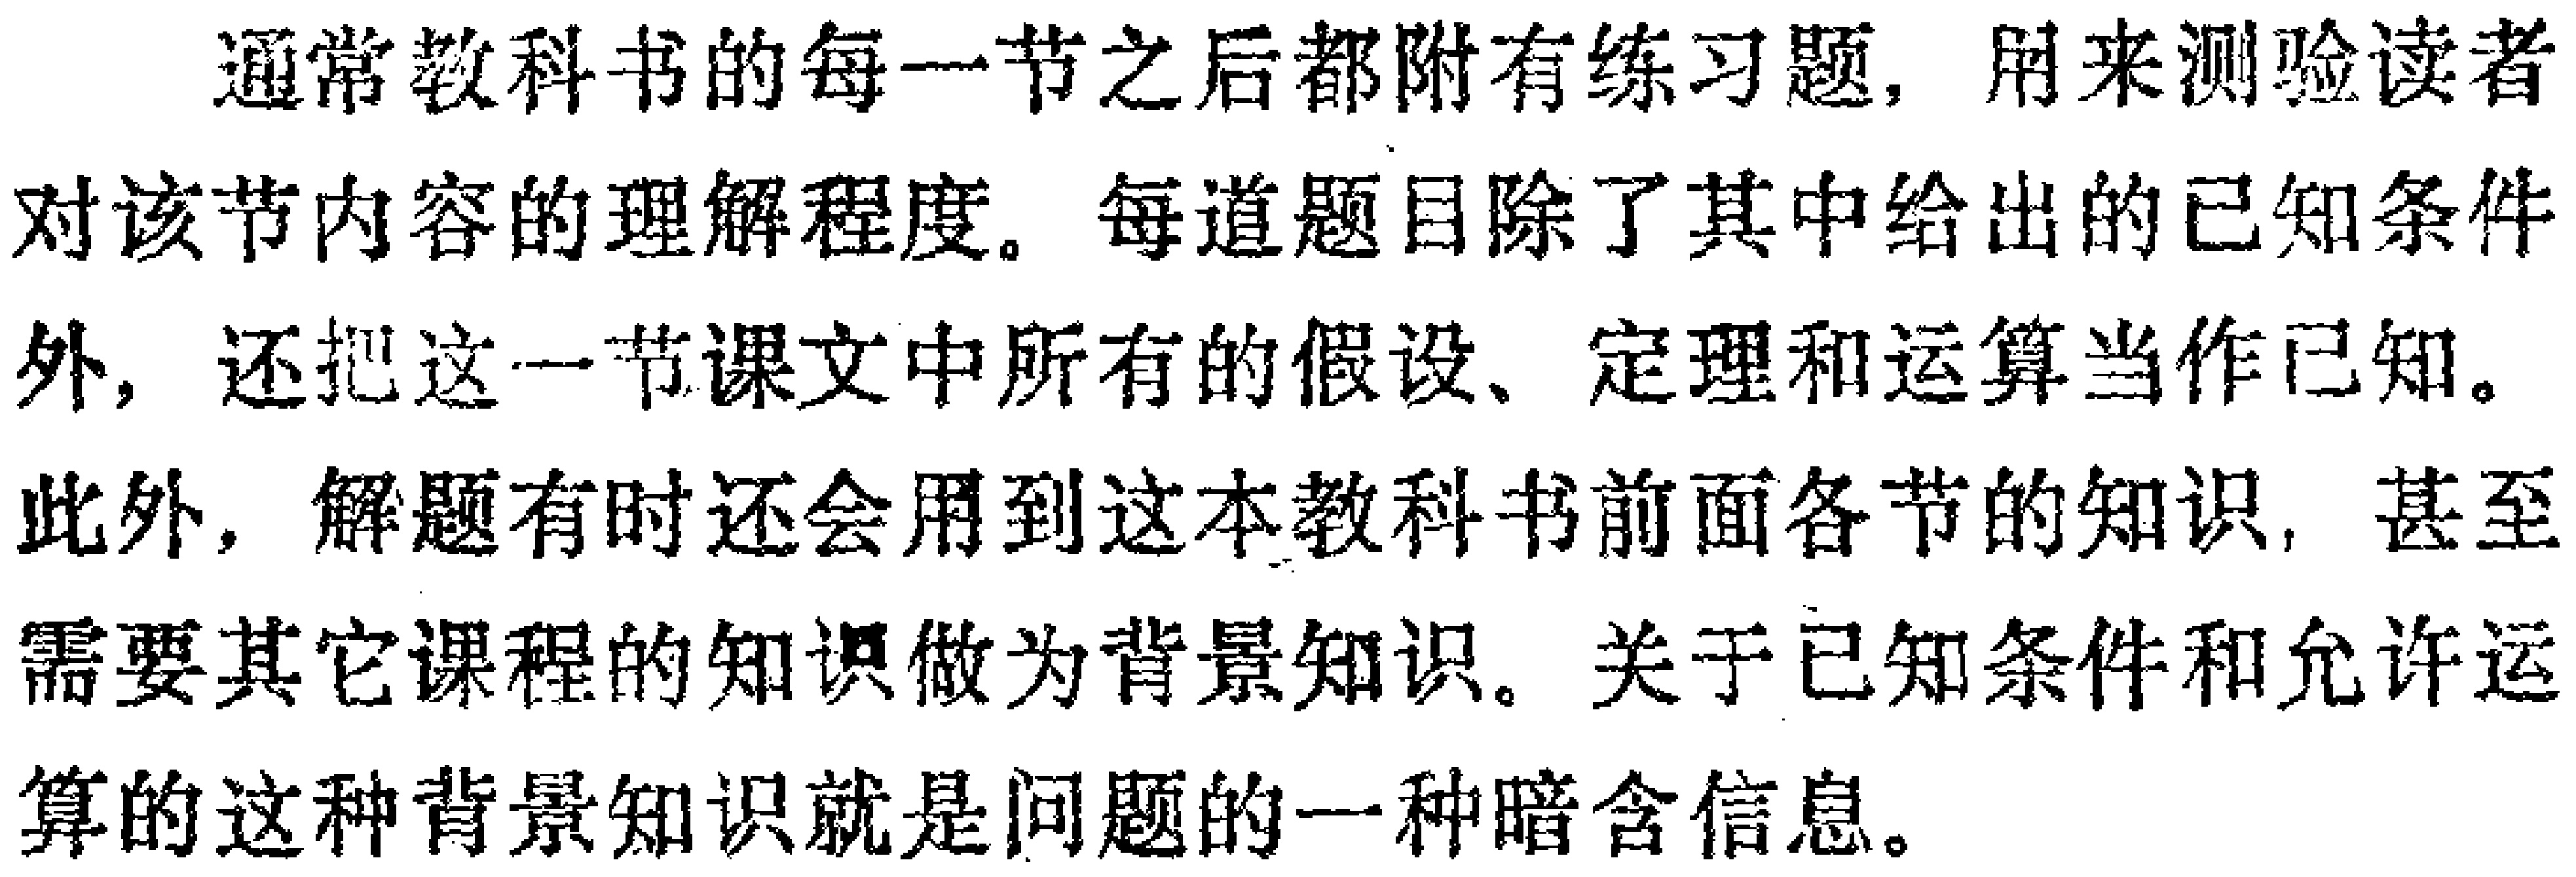
通常教科书的每一节之后都附有练习题，用来测验读者对该节内容的理解程度。每道题目除了其中给出的已知条件外，还把这一节课文中所有的假设、定理和运算当作已知。此外，解题有时还会用到这本教科书前面各节的知识，甚至需要其它课程的知识做为背景知识。关于已知条件和允许运算的这种背景知识就是问题的一种暗含信息。